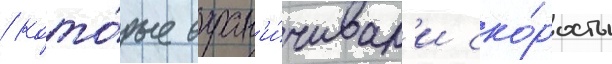
/ кото́рые огран'и́чивал'и ско́рость